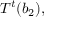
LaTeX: T ^ { t } ( b _ { 2 } ) ,